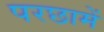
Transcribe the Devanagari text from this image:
परछामें